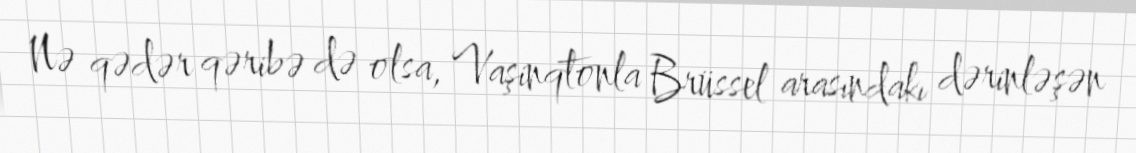
Nə qədər qəribə də olsa, Vaşinqtonla Brüssel arasındakı dərinləşən